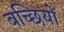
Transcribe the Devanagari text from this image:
बच्छियों